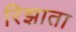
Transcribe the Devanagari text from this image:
रिझाता